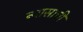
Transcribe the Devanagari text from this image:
न्यासाची